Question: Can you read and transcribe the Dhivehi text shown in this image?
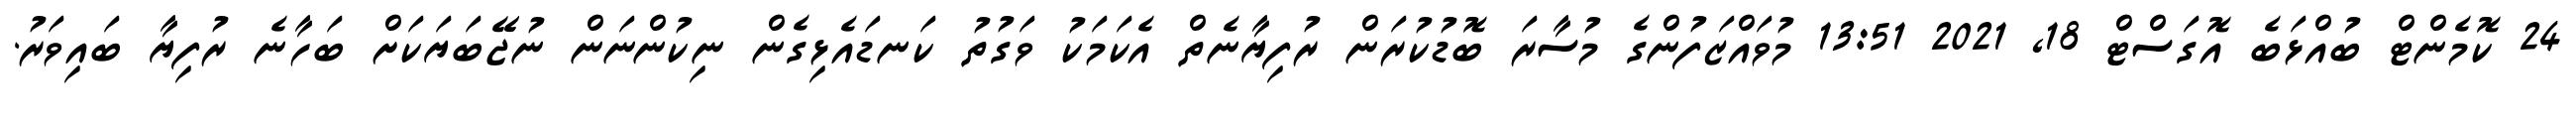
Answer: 24 ކޮމެންޓް ބުއްޅަބެ އޮގަސްޓް 18, 2021 13:51 މުވައްޒަފުންގެ މުސާރަ ބޮޑުކުރަން ރުފިޔާނެތް އެކަމަކު ވަގުތު ކަނޑައެޅިގެން ނިކުންނަން ނުޖޭބަޔަކަށް ބަހާނެ ރުފިޔާ ބައިވަރު.